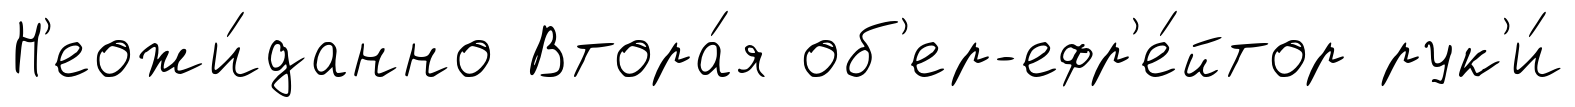
Н'еожи́данно Втора́я об'ер-ефр'е́йтор рук'и́